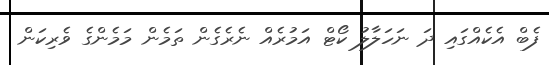
ފެބް އެކެއްގައި ދަ ނަހަލާލު ކޯޓް އަމުރެއް ނެރެގެން ތަމެން މަމެންގެ ވެރިކަން